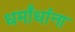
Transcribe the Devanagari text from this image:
धर्मांधांना